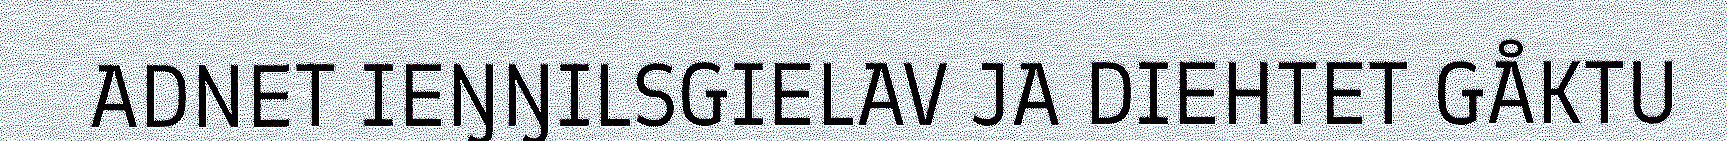
ADNET IEŊŊILSGIELAV JA DIEHTET GÅKTU